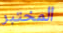
المختبر